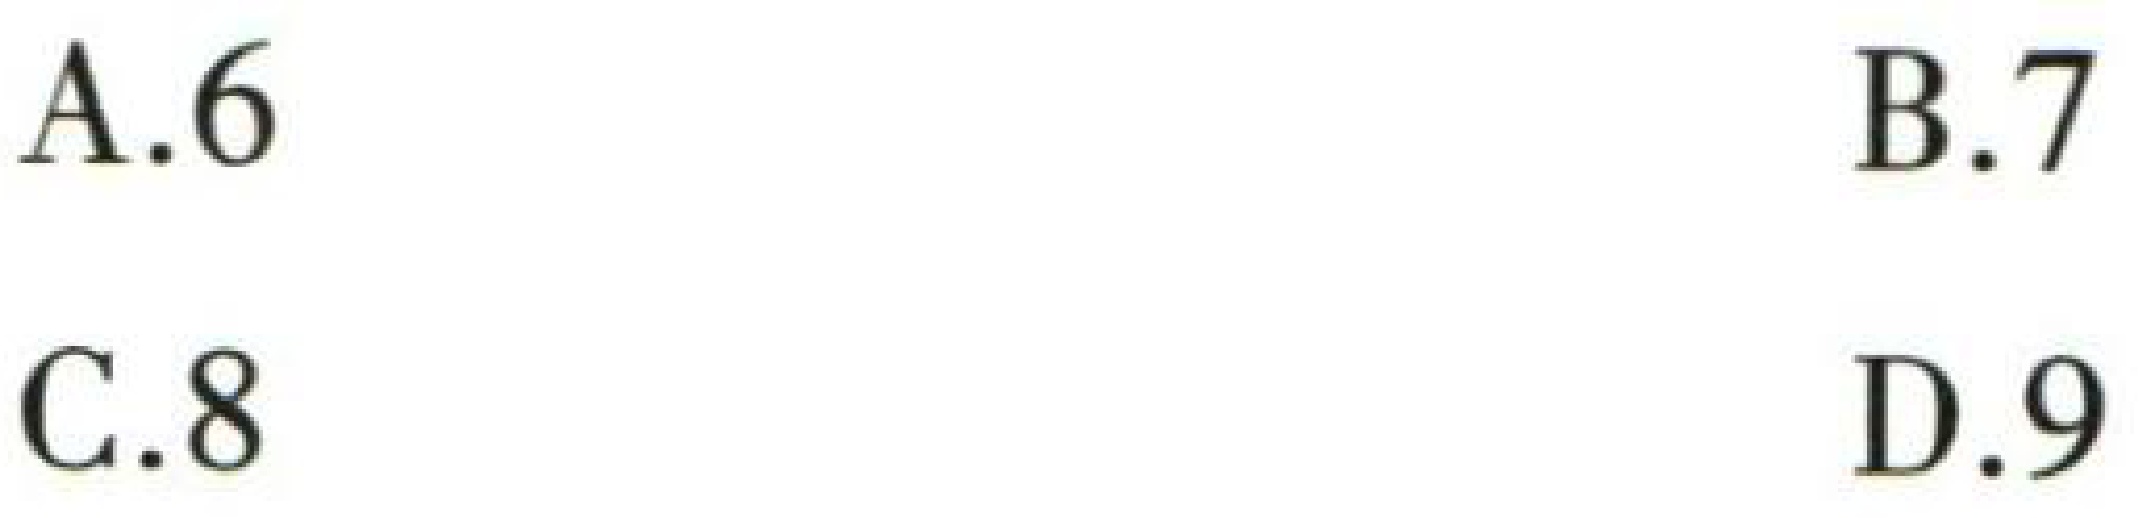
A.6

B.7

C.8

D.9